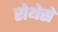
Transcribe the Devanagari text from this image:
रोथेसे